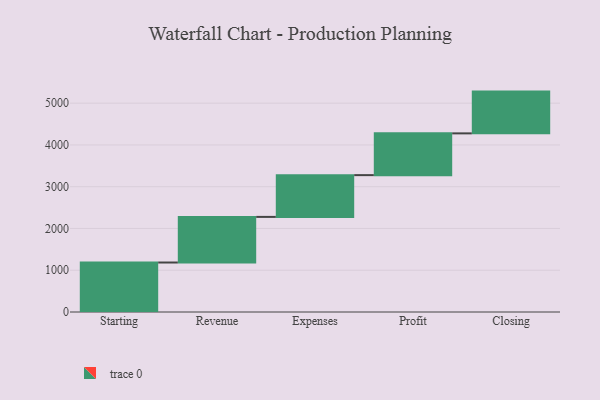
{"axis": {"x": "Step", "y": "Value"}, "legend": [""], "data": [{"x": "Starting", "y": 1185.0, "type": ""}, {"x": "Revenue", "y": 1092.0, "type": ""}, {"x": "Expenses", "y": 1000, "type": ""}, {"x": "Profit", "y": 1000, "type": ""}, {"x": "Closing", "y": 1000, "type": ""}]}